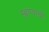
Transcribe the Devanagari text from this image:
म्ह्णण्याची